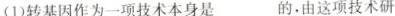
(1)转基因作为一项技术本身是___的，由这项技术研